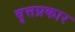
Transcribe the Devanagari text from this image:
वृत्तप्रकार